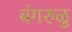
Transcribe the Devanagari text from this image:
बंगरुळु